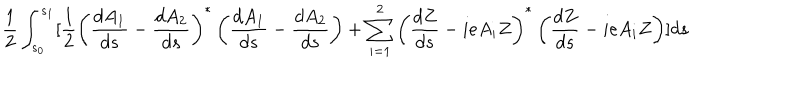
\frac 1 2 \int _ { s _ { 0 } } ^ { s _ { 1 } } [ \frac 1 2 \left( \frac { d A _ { 1 } } { d s } - \frac { d A _ { 2 } } { d s } \right) ^ { * } \left( \frac { d A _ { 1 } } { d s } - \frac { d A _ { 2 } } { d s } \right) + \sum _ { i = 1 } ^ { 2 } \left( \frac { d Z } { d s } - i e A _ { i } Z \right) ^ { * } \left( \frac { d Z } { d s } - i e A _ { i } Z \right) ] d s